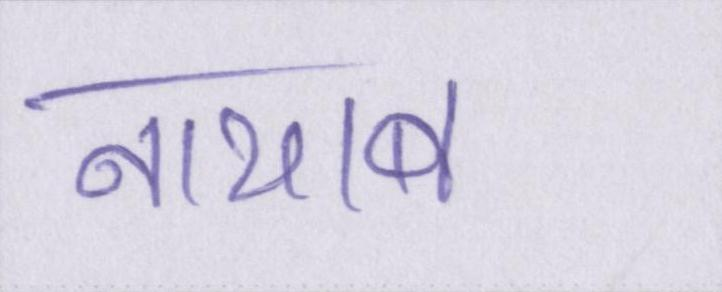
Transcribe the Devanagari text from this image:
नायाब